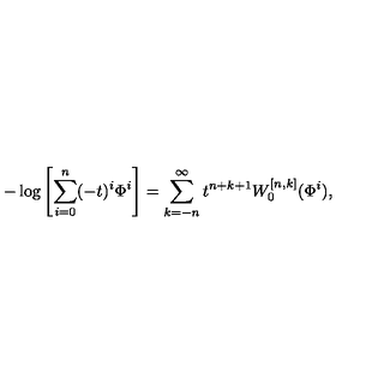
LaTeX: - \log \left[ \sum _ { i = 0 } ^ { n } ( - t ) ^ { i } \Phi ^ { i } \right] = \sum _ { k = - n } ^ { \infty } t ^ { n + k + 1 } W _ { 0 } ^ { [ n , k ] } ( \Phi ^ { i } ) ,